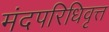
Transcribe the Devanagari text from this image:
मंदपरिधिवृत्त